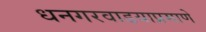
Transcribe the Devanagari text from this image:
धनगरवाडयाप्रमाणे